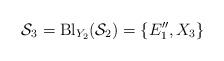
LaTeX: \begin{align*}\mathcal{S}_3=\mathrm{Bl}_{Y_2}(\mathcal{S}_2)=\{E''_1,X_3\}\end{align*}